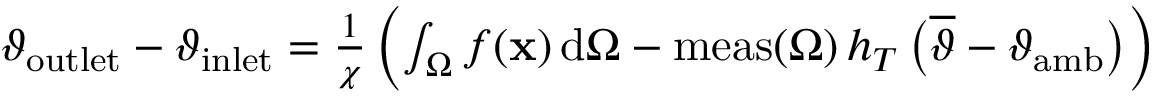
\begin{array} { r } { \vartheta _ { \mathrm { o u t l e t } } - \vartheta _ { \mathrm { i n l e t } } = \frac { 1 } { \chi } \left( \int _ { \Omega } f ( \mathbf { x } ) \, \mathrm { d } \Omega - \mathrm { m e a s } ( \Omega ) \, h _ { T } \, \big ( \overline { { \vartheta } } - \vartheta _ { \mathrm { a m b } } \big ) \right) } \end{array}